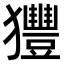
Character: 𤣖